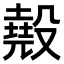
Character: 𣫁